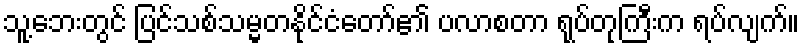
သူ့ဘေးတွင် ပြင်သစ်သမ္မတနိုင်ငံတော်၏ ပလာစတာ ရုပ်တုကြီးက ရပ်လျက်။